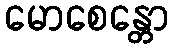
မောစေန္တော